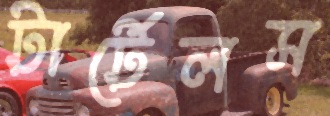
টার্টেলস